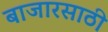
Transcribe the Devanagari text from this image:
बाजारसाठी